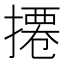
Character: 𢳍